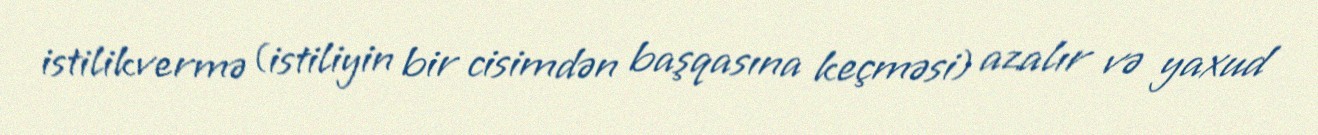
istilikvermə (istiliyin bir cisimdən başqasına keçməsi) azalır və yaxud